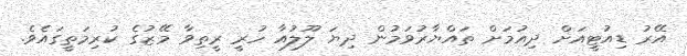
އޭރު ޑިއުޓީއަށް ދިއުމަށް ތައްޔާރުވަމުން ދިޔަ ލޫލުއާ ހުރީ ރީތިވާ މޭޒުގެ ކުރިމަތީގައެވެ.